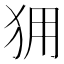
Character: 𰡆